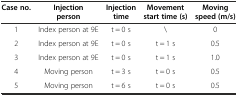
<table><thead><tr><td><b>Case no.</b></td><td><b>Injection person</b></td><td><b>Injection time</b></td><td><b>Movement start time (s)</b></td><td><b>Moving speed (m/s)</b></td></tr></thead><tbody><tr><td>1</td><td>Index person at 9E</td><td>t = 0 s</td><td>\</td><td>0</td></tr><tr><td>2</td><td>Index person at 9E</td><td>t = 0 s</td><td>t = 1 s</td><td>0.5</td></tr><tr><td>3</td><td>Index person at 9E</td><td>t = 0 s</td><td>t = 1 s</td><td>1.0</td></tr><tr><td>4</td><td>Moving person</td><td>t = 3 s</td><td>t = 0 s</td><td>0.5</td></tr><tr><td>5</td><td>Moving person</td><td>t = 6 s</td><td>t = 0 s</td><td>0.5</td></tr></tbody></table>